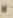
لا